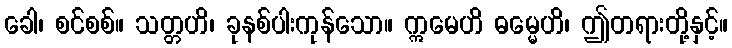
ခေါ၊ စင်စစ်။ သတ္တဟိ၊ ခုနစ်ပါးကုန်သော။ ဣမေဟိ ဓမ္မေဟိ၊ ဤတရားတို့နှင့်။